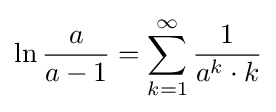
\ln {\frac {a}{a-1}}=\sum _{k=1}^{\infty }{\frac {1}{a^{k}\cdot k}}